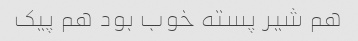
هم شیر پسته خوب بود هم پیک